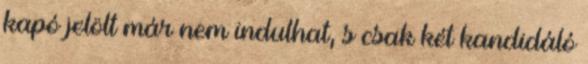
kapó jelölt már nem indulhat, s csak két kandidáló